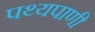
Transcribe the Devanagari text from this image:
पथ्यपाणी